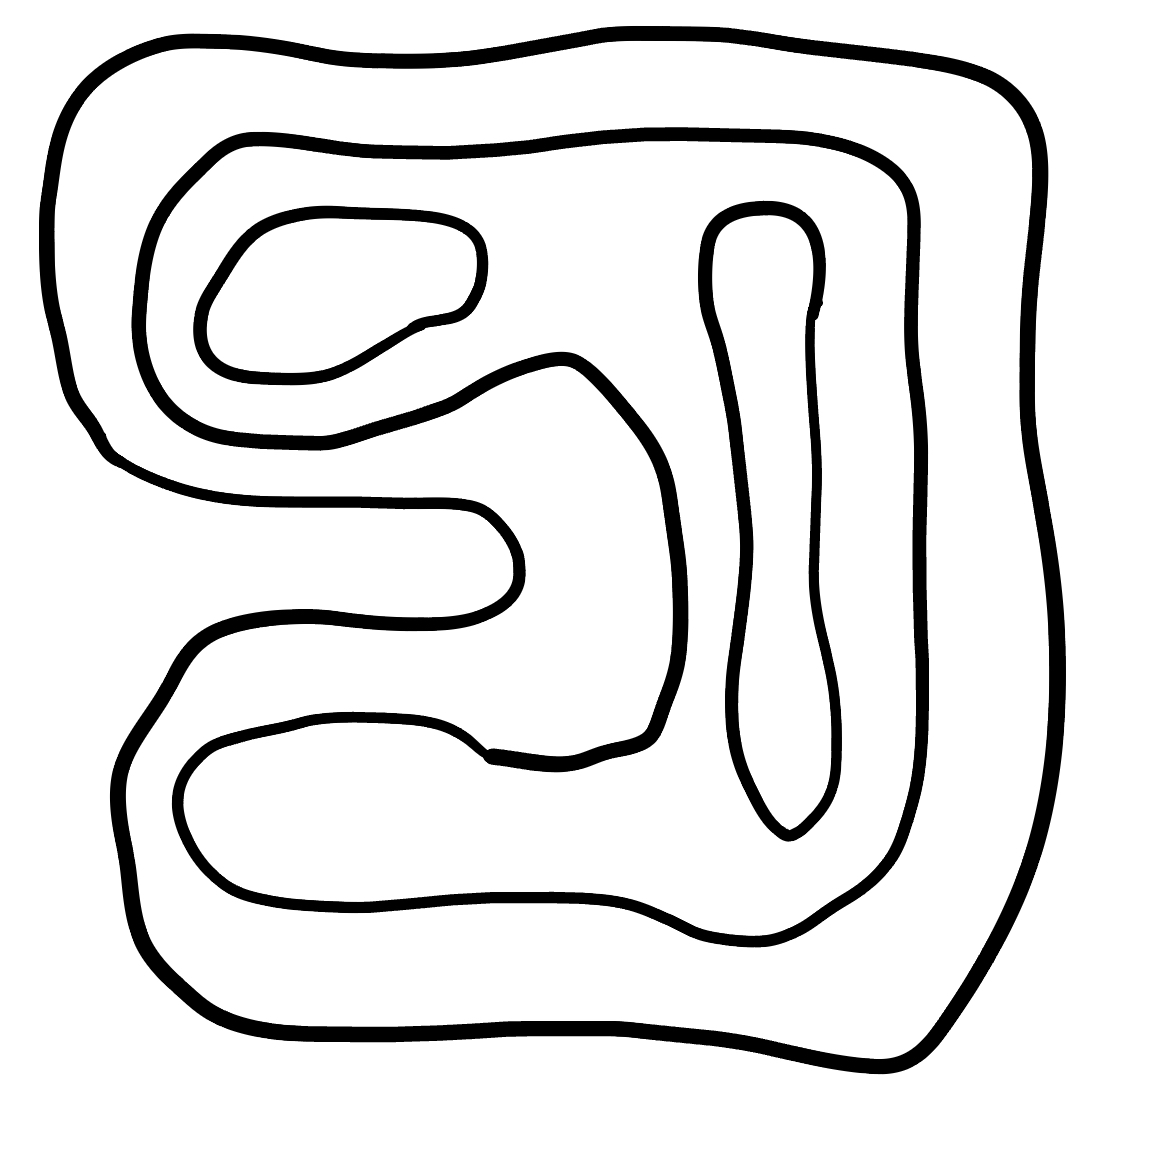
Number of regions (including the outer root region): 5
Containment tree edges (parent, child): 0, 1, 1, 2, 2, 3, 2, 4